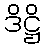
ဒိဋ္ဌိ